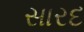
સારદ